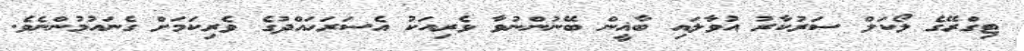
ޓިގްރޭގެ ލޯކަލް ސަރުކާރު އުވާލައި ބާޣީން ބޭނުންނުވާ ވެރިއަކު އެސަރަހައްދުގެ ވެރިކަމަށް ގެނައުމުންނެވެ.